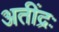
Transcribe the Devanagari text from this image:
अतींद्रः